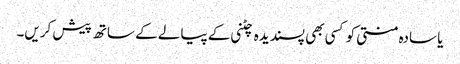
یا سادہ منتی کو کسی بھی پسندیدہ چٹنی کے پیالے کے ساتھ پیش کریں۔